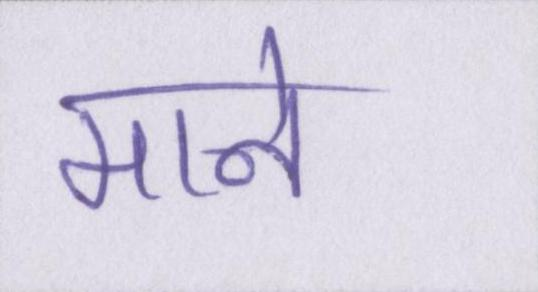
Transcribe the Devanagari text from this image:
माने